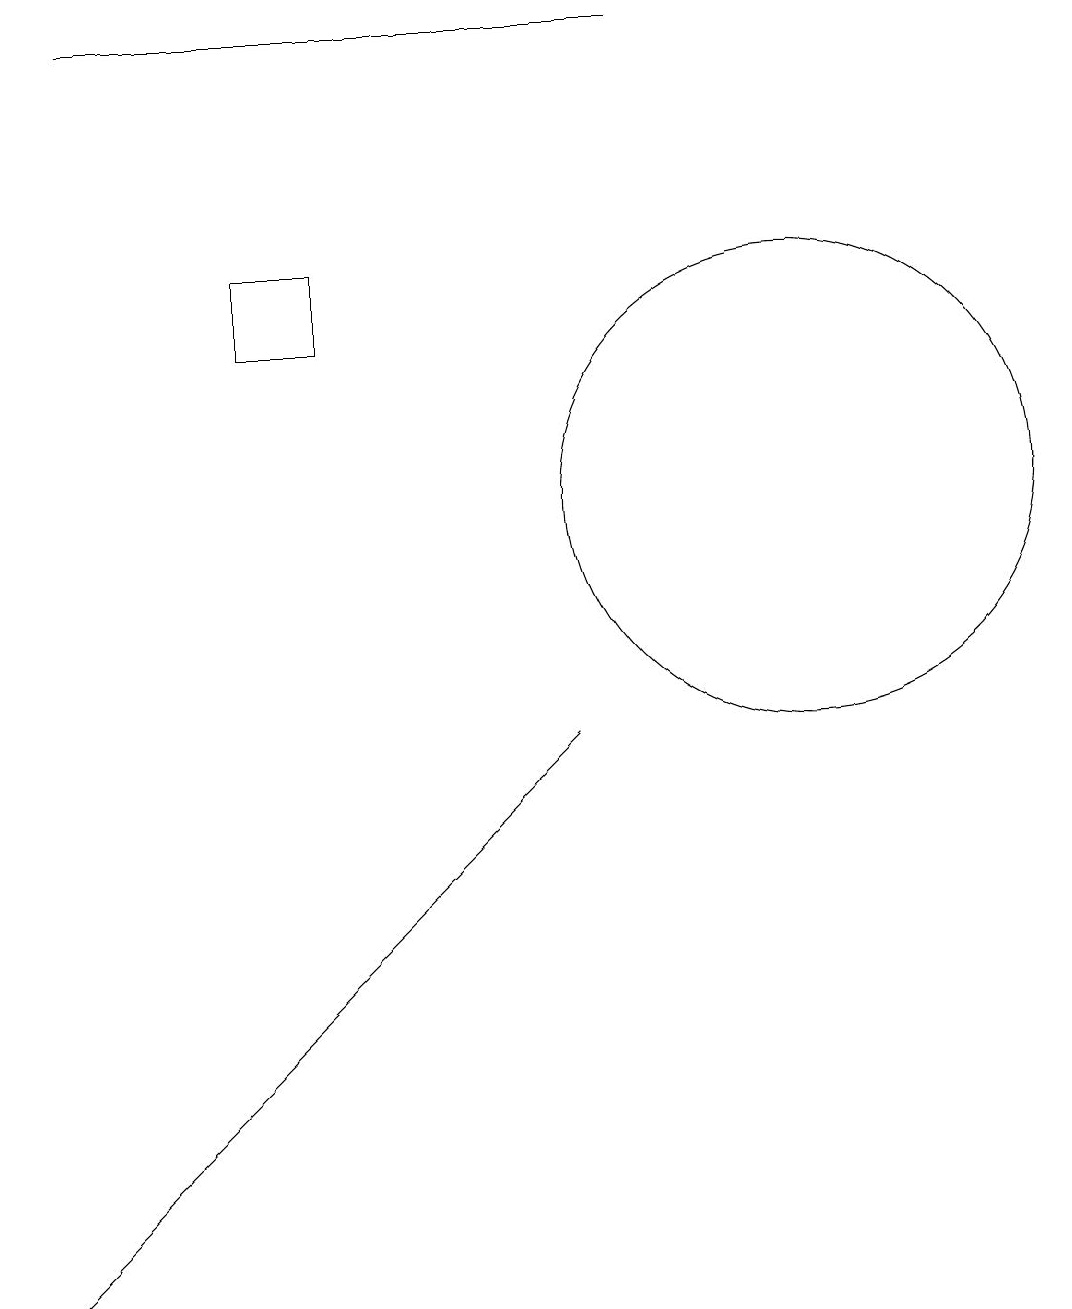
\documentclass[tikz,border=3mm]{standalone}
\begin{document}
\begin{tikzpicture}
\draw (10,10) circle (3);
\draw (4,12) rectangle (3,13);
\draw (1,1) -- (0,0) -- (7,7) -- cycle;
\draw (8,16) rectangle (1,16);
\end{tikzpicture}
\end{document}